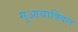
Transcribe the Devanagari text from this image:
गुआयाक्विल